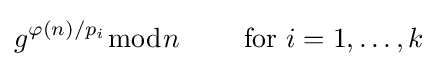
g^{\varphi (n)/p_{i}}{\bmod {n}}\qquad {\mbox{ for }}i=1,\ldots ,k